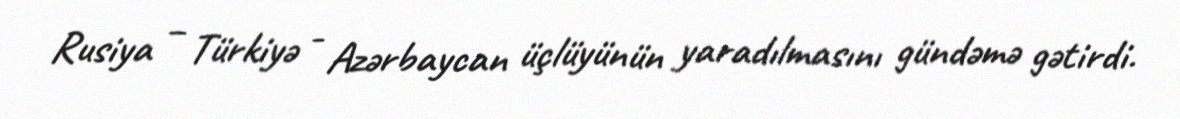
Rusiya – Türkiyə - Azərbaycan üçlüyünün yaradılmasını gündəmə gətirdi.